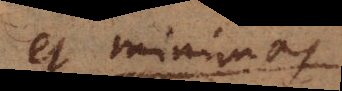
et minima